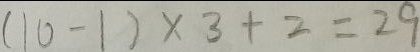
( 1 0 - 1 ) \times 3 + 2 = 2 9